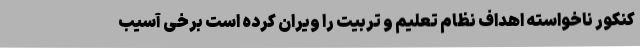
کنکور ناخواسته اهداف نظام تعلیم و تربیت را ویران کرده است برخی آسیب